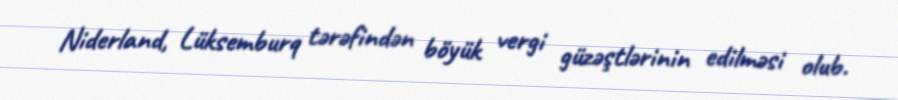
Niderland, Lüksemburq tərəfindən böyük vergi güzəştlərinin edilməsi olub.